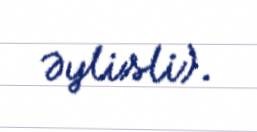
Əylisli).